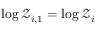
\log \mathcal { Z } _ { i , 1 } = \log \mathcal { Z } _ { i }